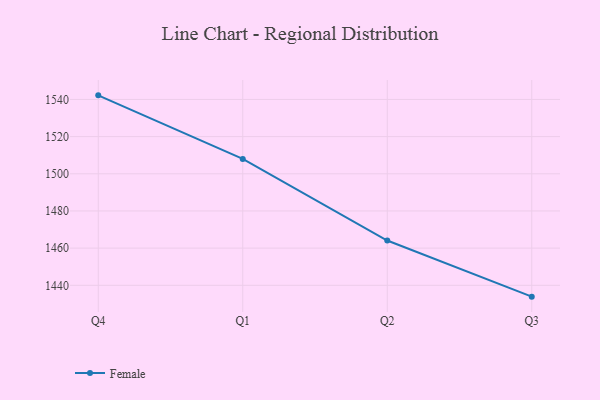
{"axis": {"x": "Quarter", "y": "Bounce Rate (%)"}, "legend": ["Female"], "data": [{"x": "Q4", "y": 1542.2, "type": "Female"}, {"x": "Q1", "y": 1508.0, "type": "Female"}, {"x": "Q2", "y": 1464.1, "type": "Female"}, {"x": "Q3", "y": 1433.9, "type": "Female"}]}